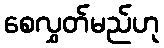
စေလွှတ်မည်ဟု